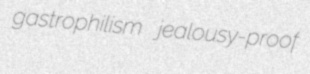
gastrophilism jealousy-proof